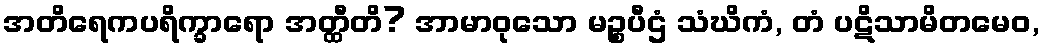
အတိရေကပရိက္ခာရော အတ္ထီတိ? အာမာဝုသော မဉ္စပီဌံ သံဃိကံ, တံ ပဋိသာမိတမေဝ,